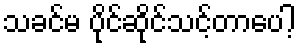
သခင်မ ပိုင်ဆိုင်သင့်တာပေါ့